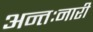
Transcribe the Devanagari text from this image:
अन्तःनारी